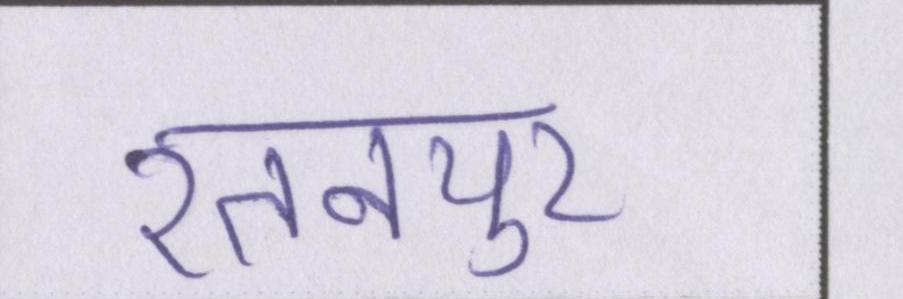
रतनपुर